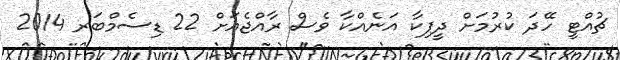
ޗުއްޓީ ހޭދަ ކުރުމަށް ދީޕިކާ އަނެއްކާ ވެސް ރާއްޖެއަށް 22 ޑިސެމްބަރ 2014